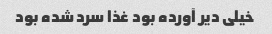
خیلی دیر آورده بود غذا سرد شده بود